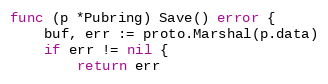
Language: Go
func (p *Pubring) Save() error {
	buf, err := proto.Marshal(p.data)
	if err != nil {
		return err